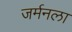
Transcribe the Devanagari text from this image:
जर्मनला